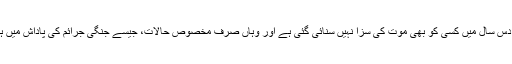
دنیا کے باقی ممالک میں پچھلے دس سال میں کسی کو بھی موت کی سزا نہیں سنائی گئی ہے اور وہاں صرف مخصوص حالات، جیسے جنگی جرائم کی پاداش میں ہی سزائے موت دی جا سکتی ہے۔